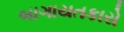
બાગાયતકારો